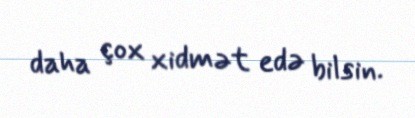
daha çox xidmət edə bilsin.